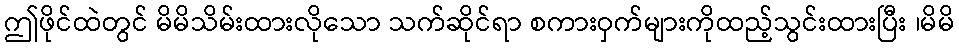
ဤဖိုင်ထဲတွင် မိမိသိမ်းထားလိုသော သက်ဆိုင်ရာ စကားဝှက်များကိုထည့်သွင်းထားပြီး ၊မိမိ